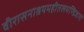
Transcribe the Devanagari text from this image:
वीरासनाश्रयमहीतलमण्डिजानो